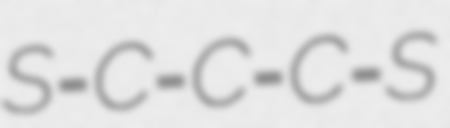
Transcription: S=C=C=C=S